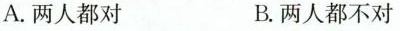
A.两人都对 B.两人都不对